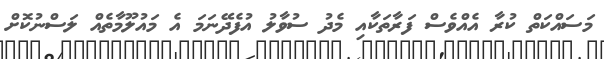
މަސައްކަތް ކުރާ އެއްވެސް ފަރާތަކާއި މެދު ސުވާލު އުފެދޭނަމަ އެ މައުލޫމާތެއް ލަސްނުކޮށް